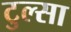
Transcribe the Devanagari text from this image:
टुल्‍सा